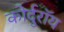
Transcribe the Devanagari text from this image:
कोर्दुरॉय